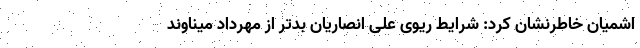
اشمیان خاطرنشان کرد: شرایط ریوی علی انصاریان بدتر از مهرداد میناوند